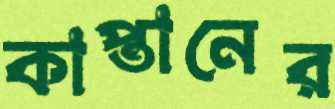
কাপ্তানের